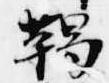
鞨